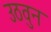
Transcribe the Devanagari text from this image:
उठवुन